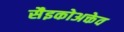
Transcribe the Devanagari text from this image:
सैइकोअक्तेव